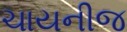
ચાયનીજ